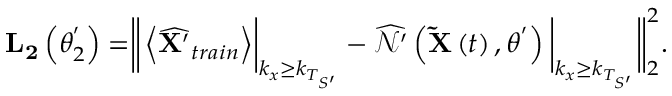
\begin{array} { r } { \mathbf { L _ { 2 } } \left( \theta _ { 2 } ^ { ' } \right) = \biggr \| \left< \widehat { \mathbf { X ^ { \prime } } } _ { t r a i n } \right> \biggr \rvert _ { k _ { x } \geq k _ { T _ { S ^ { \prime } } } } - \widehat { \mathcal { N ^ { \prime } } } \left( \mathbf { \widetilde { X } } \left( t \right) , \theta ^ { ' } \right) \bigg \rvert _ { k _ { x } \geq k _ { T _ { S ^ { \prime } } } } \biggr \| _ { 2 } ^ { 2 } . } \end{array}